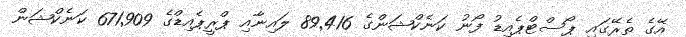
އޭގެ ތެރޭގައި ޕޯސްޓްޕެއިޑު ފޯނު ކަނެކްޝަންގެ 89